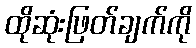
ထိုဆုံးဖြတ်ချက်ကို